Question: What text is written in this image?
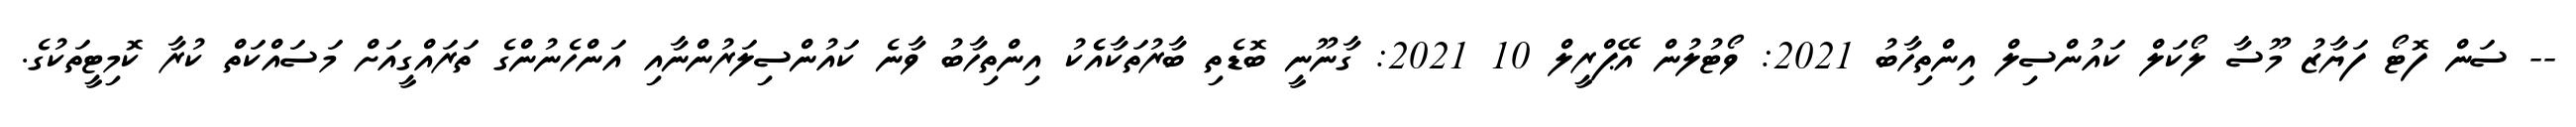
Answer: -- ސަން ފޮޓޯ ފަޔާޒު މޫސާ ލޯކަލް ކައުންސިލް އިންތިހާބު 2021: ވޯޓުލުން އޭޕްރީލް 10 2021: ގާނޫނީ ބޮޑެތި ބާރުތަކާއެެކު އިންތިހާބު ވާނެ ކައުންސިލަރުންނާއި އަންހެނުންގެ ތަރައްގީއަށް މަސައްކަތް ކުރާ ކޮމިޓީތަކުގެ.